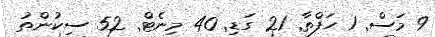
9 މަސް